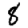
Digit: 8